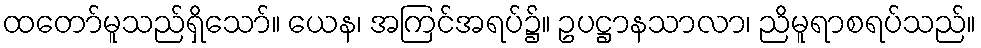
ထတော်မူသည်ရှိသော်။ ယေန၊ အကြင်အရပ်၌။ ဥပဋ္ဌာနသာလာ၊ ညိမူရာစရပ်သည်။